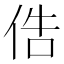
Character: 俈